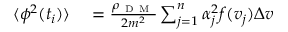
\begin{array} { r l } { \langle \phi ^ { 2 } ( t _ { i } ) \rangle } & { { } = \frac { \rho _ { \mathrm { ~ D ~ M ~ } } } { 2 m ^ { 2 } } \sum _ { j = 1 } ^ { n } \alpha _ { j } ^ { 2 } f ( v _ { j } ) \Delta v } \end{array}